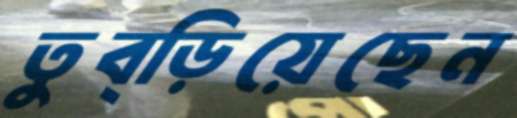
তুব্‌ড়িয়েছেন